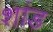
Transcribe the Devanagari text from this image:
शांड